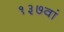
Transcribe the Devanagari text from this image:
१३७वां